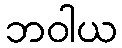
ဘဝါယ